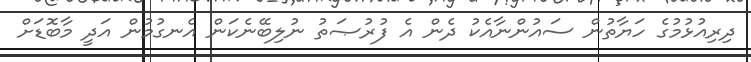
ދިރިއުޅުމުގެ ހަޔާތުން ސައުންނާއެކު ދެން އެ ފުރުޞަތު ނުލިބޭނެކަން އެނގުމުން އަދީ މާބޮޑަށް